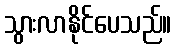
သွားလာနိုင်ပေသည်။